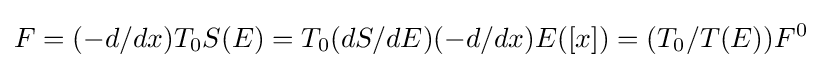
F=(-d/dx)T_{0}S(E)=T_{0}(dS/dE)(-d/dx)E([x])=(T_{0}/T(E))F^{0}